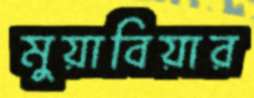
মুয়াবিয়ার